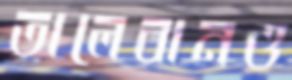
তালেবানও